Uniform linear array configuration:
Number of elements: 32
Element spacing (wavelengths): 1
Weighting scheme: binomial
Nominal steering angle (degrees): -15
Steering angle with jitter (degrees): -15.997
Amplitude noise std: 0.05
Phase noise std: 0.05

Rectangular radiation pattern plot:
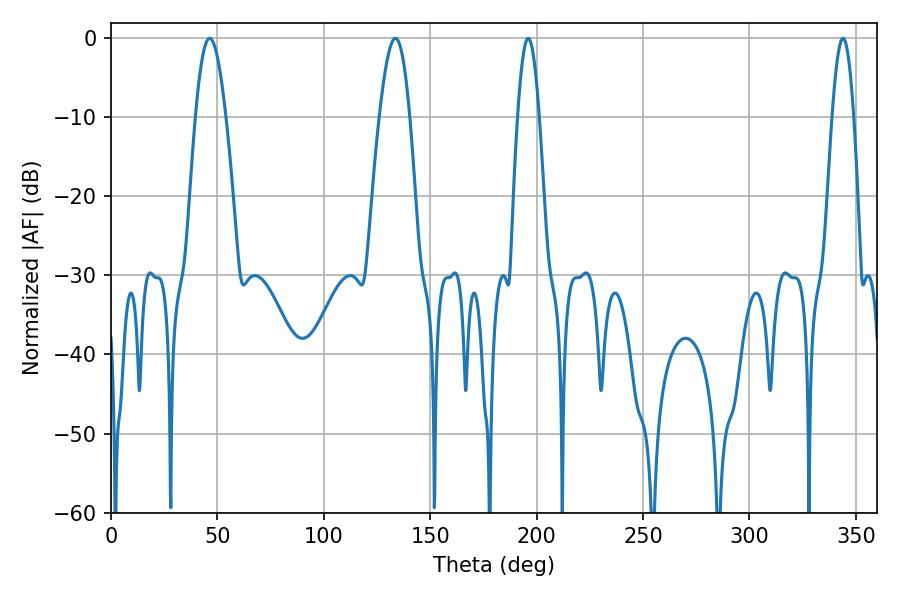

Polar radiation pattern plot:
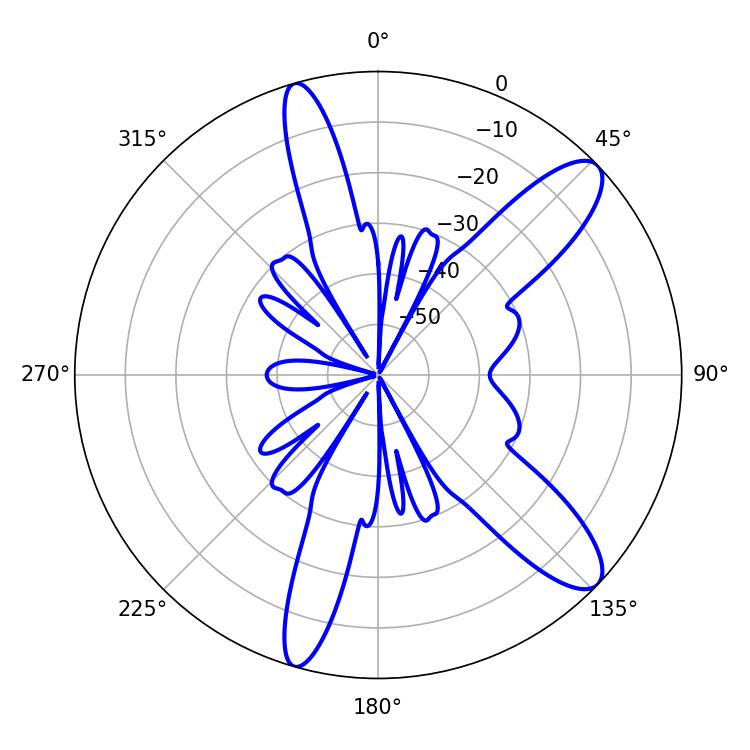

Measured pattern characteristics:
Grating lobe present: TRUE
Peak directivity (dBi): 11.1
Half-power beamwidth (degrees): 5.4
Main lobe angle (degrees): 196.02